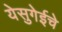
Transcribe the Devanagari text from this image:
येसुगेईचे